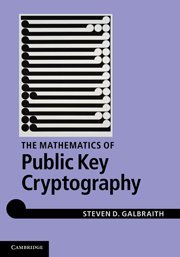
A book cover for Mathematics of Public Key Cryptography; Professor Steven D. Galbraith; Computers & Technology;